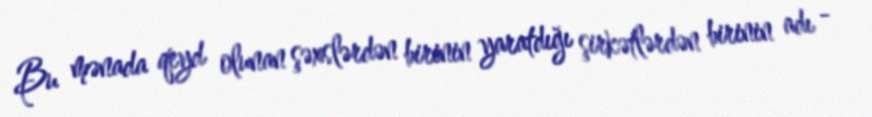
Bu mənada qeyd olunan şəxslərdən birinin yaratdığı şirkətlərdən birinin adı -